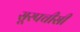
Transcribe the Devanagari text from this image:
सूरपचीसी